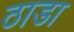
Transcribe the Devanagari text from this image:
ठाडा